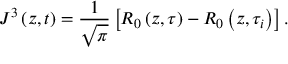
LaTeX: J ^ { 3 } \left( z , t \right) = \frac { 1 } { \sqrt { \pi } } \left[ R _ { 0 } \left( z , \tau \right) - R _ { 0 } \left( z , \tau _ { i } \right) \right] .